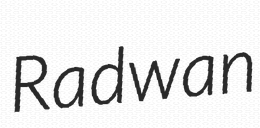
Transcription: Radwan